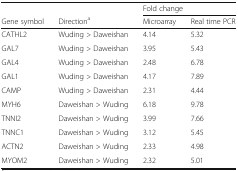
|  |  | <COLSPAN=2> Fold change |
 | Gene symbol | Directiona | Microarray | Real time PCR |
 | --- | --- | --- | --- |
 | CATHL2 | Wuding > Daweishan | 4.14 | 5.32 |
 | GAL7 | Wuding > Daweishan | 3.95 | 5.43 |
 | GAL4 | Wuding > Daweishan | 2.48 | 6.78 |
 | GAL1 | Wuding > Daweishan | 4.17 | 7.89 |
 | CAMP | Wuding > Daweishan | 2.31 | 4.44 |
 | MYH6 | Daweishan > Wuding | 6.18 | 9.78 |
 | TNNI2 | Daweishan > Wuding | 3.99 | 7.66 |
 | TNNC1 | Daweishan > Wuding | 3.12 | 5.45 |
 | ACTN2 | Daweishan > Wuding | 2.33 | 4.98 |
 | MYOM2 | Daweishan > Wuding | 2.32 | 5.01 |